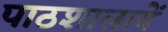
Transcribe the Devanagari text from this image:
पाठशालायें